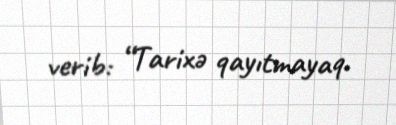
verib: “Tarixə qayıtmayaq.